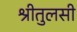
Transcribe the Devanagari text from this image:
श्रीतुलसी